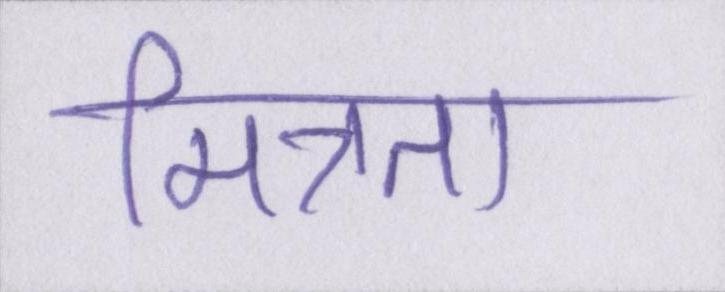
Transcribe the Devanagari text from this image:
मित्रता